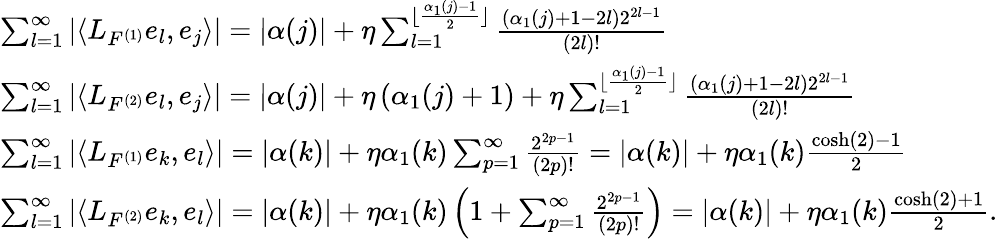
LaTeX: \begin{array}{l}{\sum_{l=1}^{\infty}\left|\left\langle L_{F^{(1)}}e_{l},e_{j}\right\rangle\right|=\left|\alpha(j)\right|+\eta\sum_{l=1}^{\lfloor\frac{\alpha_{1}(j)-1}{2}\rfloor}\frac{(\alpha_{1}(j)+1-2l)2^{2l-1}}{(2l)!}}\\ {\sum_{l=1}^{\infty}\left|\left\langle L_{F^{(2)}}e_{l},e_{j}\right\rangle\right|=\left|\alpha(j)\right|+\eta\left(\alpha_{1}(j)+1\right)+\eta\sum_{l=1}^{\lfloor\frac{\alpha_{1}(j)-1}{2}\rfloor}\frac{(\alpha_{1}(j)+1-2l)2^{2l-1}}{(2l)!}}\\ {\sum_{l=1}^{\infty}\left|\left\langle L_{F^{(1)}}e_{k},e_{l}\right\rangle\right|=\left|\alpha(k)\right|+\eta\alpha_{1}(k)\sum_{p=1}^{\infty}\frac{2^{2p-1}}{(2p)!}=\left|\alpha(k)\right|+\eta\alpha_{1}(k)\frac{\cosh(2)-1}{2}}\\ {\sum_{l=1}^{\infty}\left|\left\langle L_{F^{(2)}}e_{k},e_{l}\right\rangle\right|=\left|\alpha(k)\right|+\eta\alpha_{1}(k)\left(1+\sum_{p=1}^{\infty}\frac{2^{2p-1}}{(2p)!}\right)=\left|\alpha(k)\right|+\eta\alpha_{1}(k)\frac{\cosh(2)+1}{2}.}\end{array}